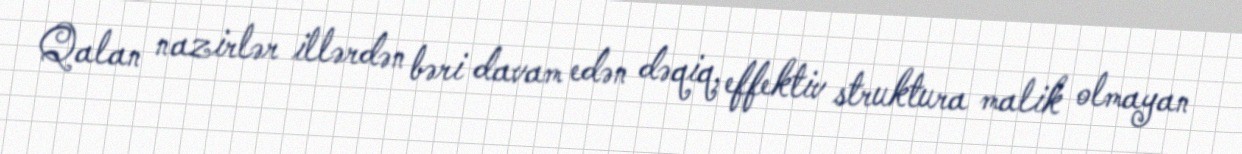
Qalan nazirlər illərdən bəri davam edən dəqiq, effektiv struktura malik olmayan